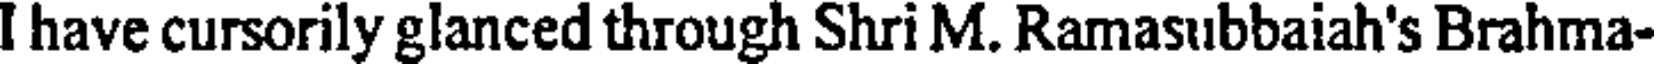
I have cursorily glanced through Shri M. Ramasubbaiah's Brahma-